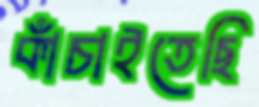
কাঁচাইতেছি